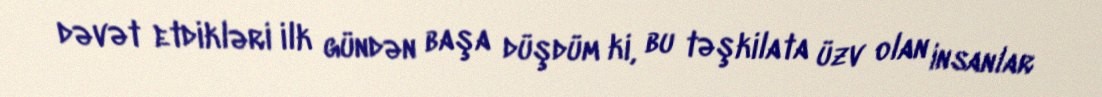
dəvət etdikləri ilk gündən başa düşdüm ki, bu təşkilata üzv olan insanlar